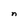
Character: n